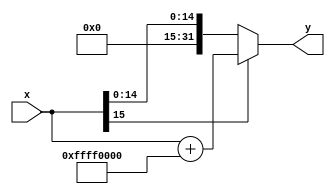
`timescale 1ns / 1ps

module SignExtend(
    input [15:0] x,
    output reg [31:0] y
    );

    always @ *
        if(x[15])
            y = x + 32'hFFFF0000;
        else
            y = x;

endmodule